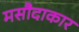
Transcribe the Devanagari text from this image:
मसौदाकार